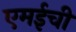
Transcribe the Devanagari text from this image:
एमईची